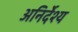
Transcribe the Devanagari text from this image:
अनिर्देश्य